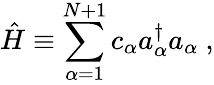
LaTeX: \hat{H}\equiv\sum_{\alpha=1}^{N+1}c_{\alpha}a_{\alpha}^{\dagger}a_{\alpha}\ ,